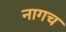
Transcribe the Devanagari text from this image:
नागच